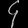
Digit: ၄